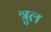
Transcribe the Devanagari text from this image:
त्रुल